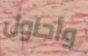
وأحاول